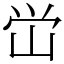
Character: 峃